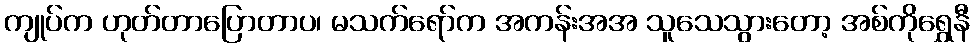
ကျုပ်က ဟုတ်တာပြောတာပ၊ မသက်ရော်က အကန်းအအ သူသေသွားတော့ အစ်ကိုရွှေနီ